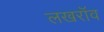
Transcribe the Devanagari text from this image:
लखरॉव